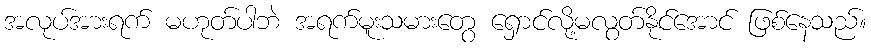
အလုပ်အားရက် မဟုတ်ပါဘဲ အရက်မူးသမားတွေ ရှောင်လို့မလွတ်နိုင်အောင် ဖြစ်နေသည်။